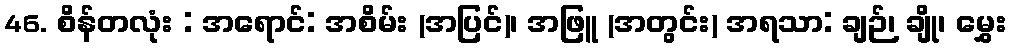
46. စိန်တလုံး : အရောင်: အစိမ်း (အပြင်)၊ အဖြူ (အတွင်း) အရသာ: ချဉ်၊ ချို၊ မွှေး